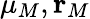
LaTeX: \mu_{M},\mathbf{r}_{M}